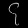
Digit: ၄